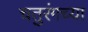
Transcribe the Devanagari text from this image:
चतुरंगच्या